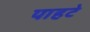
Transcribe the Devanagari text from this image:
पाहटे